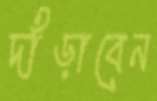
দাঁড়াবেন